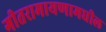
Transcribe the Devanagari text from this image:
गीतरामायणामधील